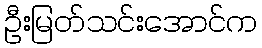
ဦးမြတ်သင်းအောင်က